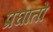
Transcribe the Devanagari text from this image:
प्रघातों